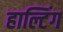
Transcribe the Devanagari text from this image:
हाल्टिंग